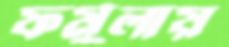
ফর্মুলায়